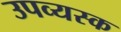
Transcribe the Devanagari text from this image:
उपव्यस्क